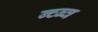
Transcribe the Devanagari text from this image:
ब्च्ब्व